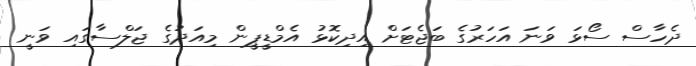
ދެހާސް ސޯޅަ ވަނަ އަހަރުގެ ބަޖެޓަށް އިދިކޮޅު އެމްޑީޕީން މިއަދުގެ ޖަލްސާގައި ވަނީ